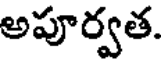
అపూర్వత.